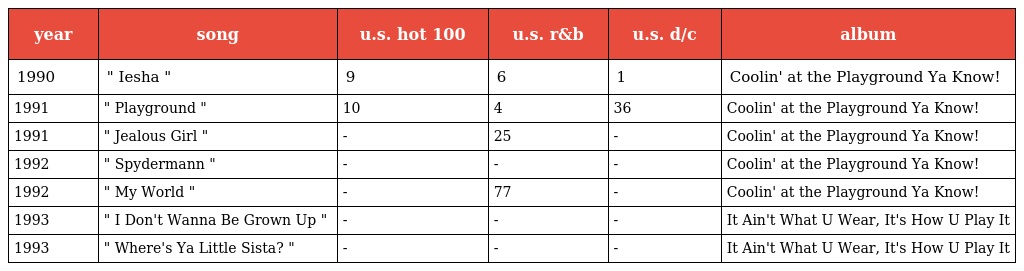
| year | song | u.s. hot 100 | u.s. r&b | u.s. d/c | album |
 | --- | --- | --- | --- | --- | --- |
 | 1990 | " Iesha " | 9 | 6 | 1 | Coolin' at the Playground Ya Know! |
 | 1991 | " Playground " | 10 | 4 | 36 | Coolin' at the Playground Ya Know! |
 | 1991 | " Jealous Girl " | - | 25 | - | Coolin' at the Playground Ya Know! |
 | 1992 | " Spydermann " | - | - | - | Coolin' at the Playground Ya Know! |
 | 1992 | " My World " | - | 77 | - | Coolin' at the Playground Ya Know! |
 | 1993 | " I Don't Wanna Be Grown Up " | - | - | - | It Ain't What U Wear, It's How U Play It |
 | 1993 | " Where's Ya Little Sista? " | - | - | - | It Ain't What U Wear, It's How U Play It |